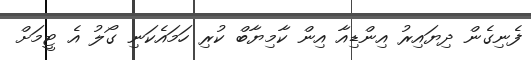
ފެނިގެން ދިޔައިރު އިންޑިއާ އިން ކާމިޔާބް ކުރި ހަމައެކަނި ގޯލު އެ ޓީމަށް